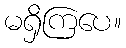
မရှိကြပေ။